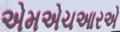
એમએચઆરએ